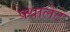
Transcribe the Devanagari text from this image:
फ्थालेट